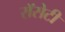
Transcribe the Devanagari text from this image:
रॉसेटी